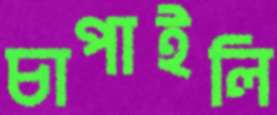
চাপাইলি